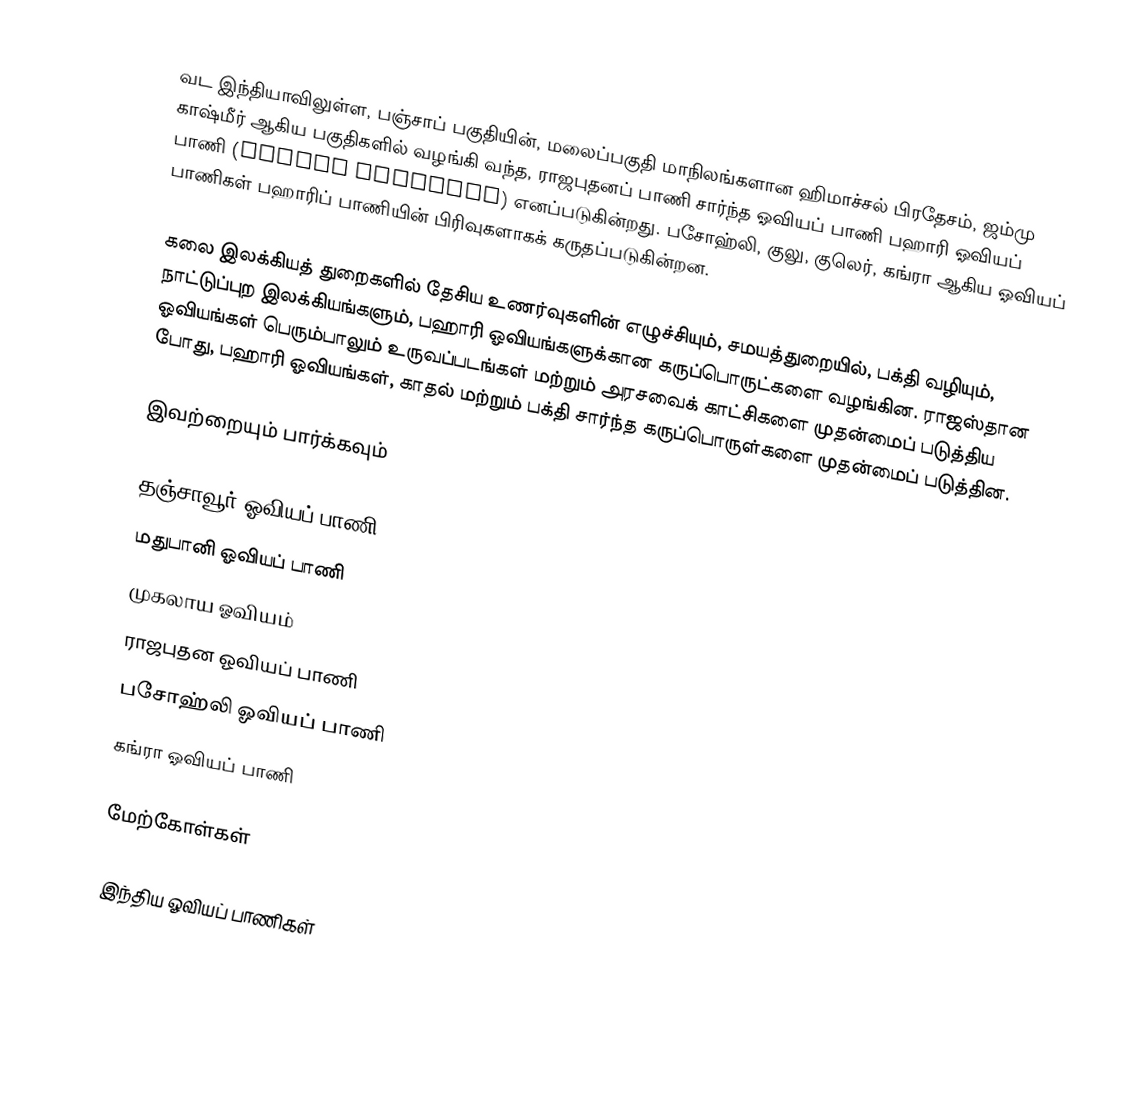
வட இந்தியாவிலுள்ள, பஞ்சாப் பகுதியின், மலைப்பகுதி மாநிலங்களான ஹிமாச்சல் பிரதேசம், ஜம்மு காஷ்மீர் ஆகிய பகுதிகளில் வழங்கி வந்த, ராஜபுதனப் பாணி சார்ந்த ஓவியப் பாணி பஹாரி ஓவியப் பாணி (Pahari painting) எனப்படுகின்றது. பசோஹ்லி, குலு, குலெர், கங்ரா ஆகிய ஓவியப் பாணிகள் பஹாரிப் பாணியின் பிரிவுகளாகக் கருதப்படுகின்றன.

கலை இலக்கியத் துறைகளில் தேசிய உணர்வுகளின் எழுச்சியும், சமயத்துறையில், பக்தி வழியும், நாட்டுப்புற இலக்கியங்களும், பஹாரி ஓவியங்களுக்கான கருப்பொருட்களை வழங்கின. ராஜஸ்தான ஓவியங்கள் பெரும்பாலும் உருவப்படங்கள் மற்றும் அரசவைக் காட்சிகளை முதன்மைப் படுத்திய போது, பஹாரி ஓவியங்கள், காதல் மற்றும் பக்தி சார்ந்த கருப்பொருள்களை முதன்மைப் படுத்தின.

இவற்றையும் பார்க்கவும்

 தஞ்சாவூர் ஓவியப் பாணி
 மதுபானி ஓவியப் பாணி
 முகலாய ஓவியம்
 ராஜபுதன ஓவியப் பாணி
 பசோஹ்லி ஓவியப் பாணி
 கங்ரா ஓவியப் பாணி

மேற்கோள்கள்

இந்திய ஓவியப் பாணிகள்